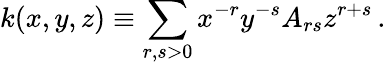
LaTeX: k(x,y,z)\equiv\sum_{r,s>0}x^{-r}y^{-s}A_{rs}z^{r+s}\, .